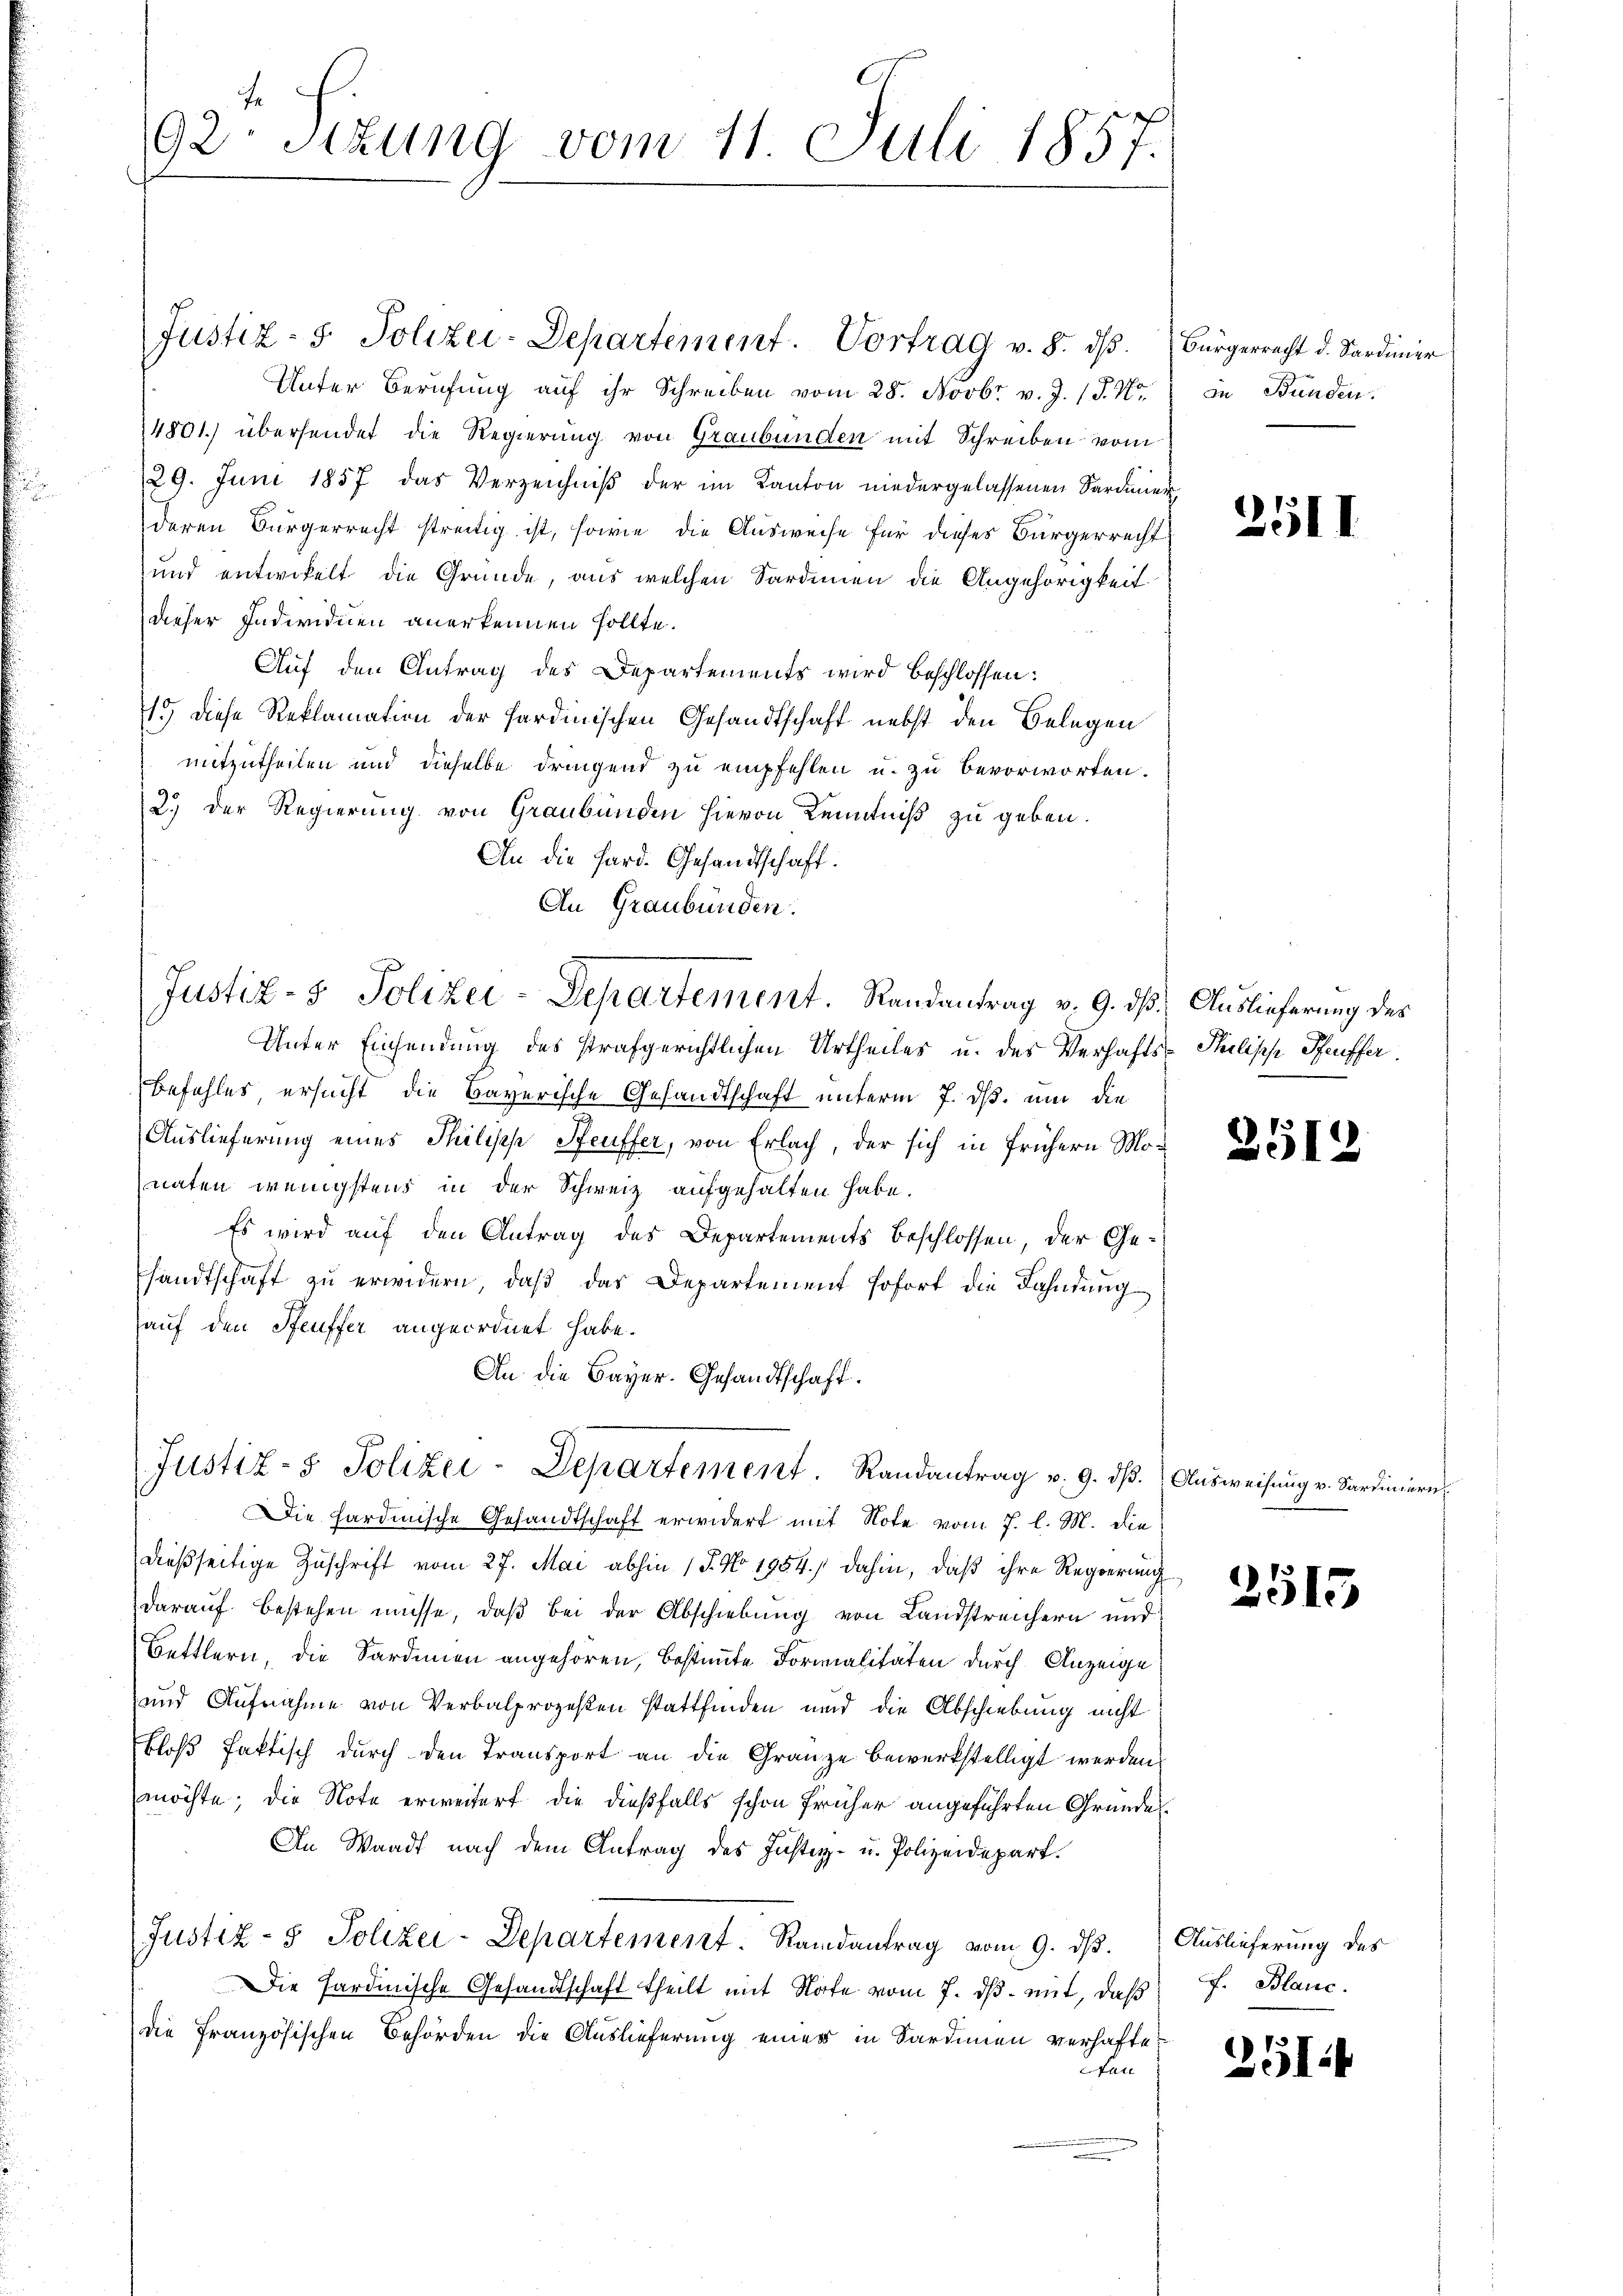
92. Sitzung vom 11. Juli 1857.

Justiz- & Polizei-Departement. Vortrag v. 8. dβ
Unter Berufung auf ihr Schreiben vom 28. Novbr v. J. P. Nr.
4801.) übersendet die Regierung von Graubünden mit Schreiben vom
29. Juni 1857 das Verzeichniβ der im Kanton niedergelassenen Sardiner,
deren Bürgerrecht streitig ist, sowie die Ausweise für dieses Bürgerrecht
und entwickelt die Gründe, aus welchen Sardinen die Angehörigkeit
dieser Individuen anerkennen sollte.
Auf den Antrag des Departements wird beschlossen:
15 diese Reklamation der sardinischen Gesandtschaft nebst den Belegen
mitzutheilen und dieselbe dringend zu empfehlen u. zu bevorworten.
2.) Der Regierung von Graubünden hievon Kenntniß zu geben.
An die Hard. Gesandtschaft.
An Graubünden.
Unter Einsendung des strafgerichtlichen Urtheiles u. der Verhafts- Philische Pfeiffer
Befehles ersucht die Bayerische Gesandtschaft unterm 7. ds. um die
Auslieferung eines Philische Steuffer, von Erlach, der sich in frühern Monaten wenigstens in der Schweiz aufgehalten habe.
Es wird auf den Antrag des Departements beschlossen, der Gesandtschaft zŭ erwidern, daβ das Departement sofort die Fahndŭng
hauf den Seuffer angeordnet habe.
An die Bayer. Gesandtschaft.
Justiz- & Polizei-Departement. Randantrag v. 9. dβ. Aŭsweisŭng v. Sardiniern
Die hardinische Gesandtschaft erwidert mit Note vom 7. l. M. die
dießseitige Zuschrift vom 27. Mai abhin 17. No 1954./ dahin, daß ihre Regierung
darauf bestehen müsse, daß bei der Abschiebung von Landstreichern und
Bettlern, die Sardinen angehören, bestimmte Formalitäten durch Anzeige
und Aufnahme von Verbalprozeßen stattfinden und die Abschiebung nicht
Bloß faktisch durch den Transport an die Gränze bewerkstelligt werden,
möchte; die Note erweitert, die dießfalls schon früher angeführten Gründe
An Waadt nach dem Antrag des Justiz- u. Polizeidepart.
Justiz- & Polizei-Departement. Randantrag vom 9. ds. Auslieferung des
Die Fardinische Gesandtschaft theilt mit Note vom 7. ds. mit, daß
die französischen Behörden die Auslieferung einer in Sardinien verhaftet
an

Justiz- & Polizei-Departement. Randantrag v. 9. ds Auslieferung des

Bürgerrecht d. Sardiner
in Bunden.

251I

3513

2515

f. Blanc

2514